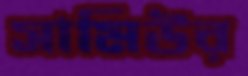
সামিউর